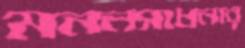
মননসাধনার